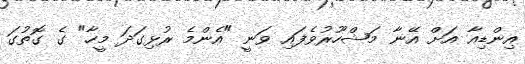
އިންޑިއާ އަށް އޭނާ މަޝްހޫރުވެފައި ވަނީ "އެންމެ ރުޅިގަދަ މީހާ" ގެ ގޮތުގަ